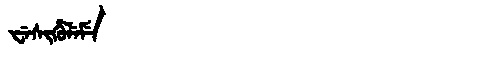
Manchu: ᠸᡝᠰᡳᡥᡠᠯᡝᠮᡝ
Romanization: WESIHULEME